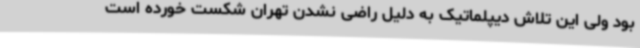
بود ولی این تلاش دیپلماتیک به دلیل راضی نشدن تهران شکست خورده است